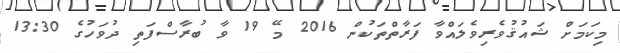
މިކަމަށް ޝައުޤުވެރިވެލައްވާ ފަރާތްތަކުން 2016 މޭ 19 ވާ ބުރާސްފަތި ދުވަހުގެ 13:30